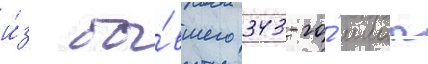
и́з бы́вшего 343-го́ ииап